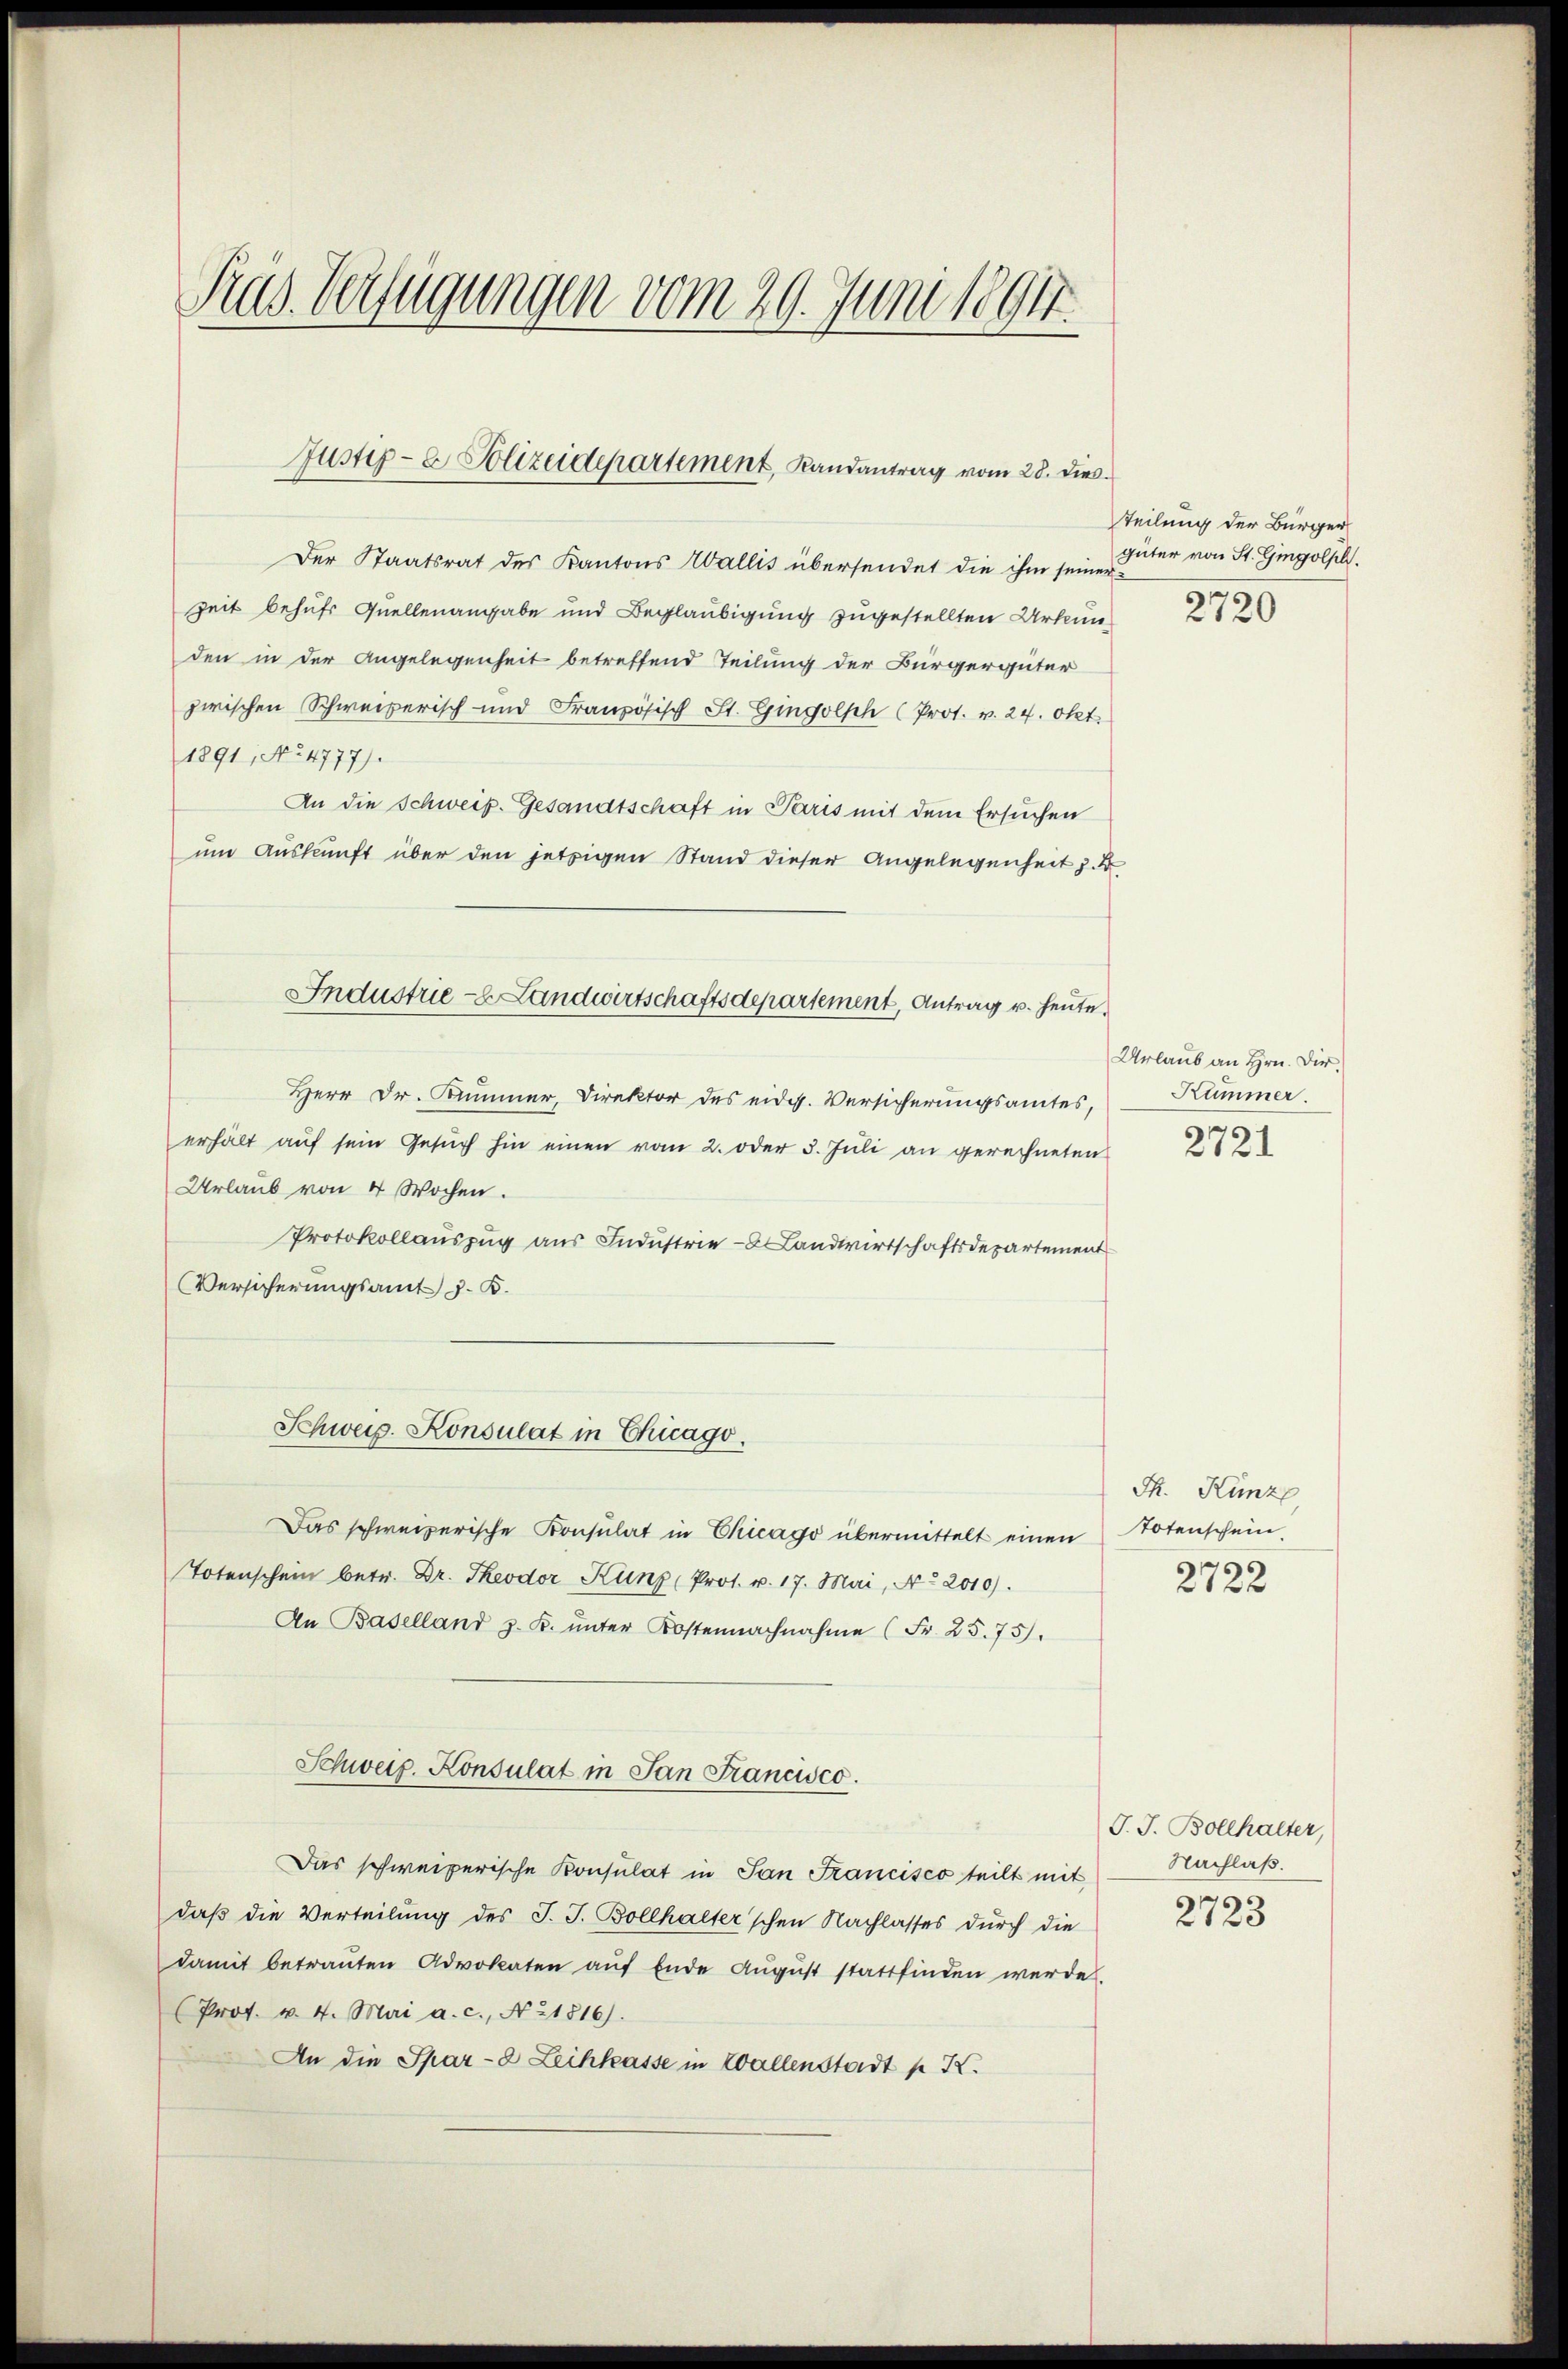
Prus. Verfügungen vom 29. Juni 1894.

Justiz- & Polizeidepartement, Randantrag vom 28. dies

Der Staatsrat des Kantons Wallis übersendet die ihm seine
Zeit behufs Quellenangabe und Beglaubigung zugestellten Urkun
den in der Angelegenheit betreffend Teilung der Bürgergüter
zwischen Schweizerisch und Französisch St. Gingolph (Prot. v. 24. Okt.
1891, No. 4777).
An die Schweiz. Gesandtschaft in Paris mit dem Ersuchen
um Auskunft über den jetzigen Stand dieser Angelegenheit z. B.
Herr Dr. Kummer, Direktor des eidg. Versicherungsamtes,
erhält auf sein Gesŭch hin einen vom 2. oder 3. Juli an gerechneten
Urlaub von 4 Wochen.
Protokollauszug aus Industrie - Landwirtschaftsdepartement
Versicherungsamt z. B.
Schweiz. Konsulat in Chicago.
Das schweizerische Konsulat in Chicago übermittelt einen Totenschein
Totenschein betr. Dr. Theodor Kunz (Prot. u. 17. Mai, No 2010).
An Baselland z. K. unter Kostennachnahme (Fr. 25. 75).
Schweiz. Konsulat in San Francisco.
Das schweizerische Konsulat in San Francisco teilt mit
daß die Verteilung des J. J. Bollhalter'schen Nachlasses durch die
damit betraṅten Advokaten aŭf Ende Aŭgŭst stattfinden werde.
(Prof. v. 4. Mai a.c. No 1816).
An die Spar-8 Leihkasse in Wallenstadt p K.

Industrie - Landwirtschaftsdepartement, Antrag u. heute.

Teilung der Bürger
güter von St. Gingolpl.
f

Urlaub an Hrn. Dir.
Kümmer.
2721

Th. Kunze
2722

J. J. Bollhalter,
Nachlaß.
2723